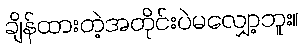
ချိန်ထားတဲ့အတိုင်းပဲမလျှော့ဘူး။